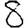
Digit: 8